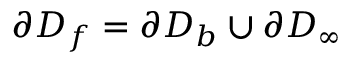
\partial D _ { f } = \partial D _ { b } \cup \partial D _ { \infty }